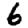
Digit: 6